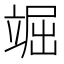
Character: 𥪊